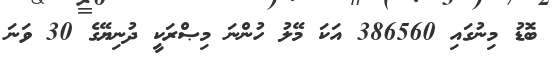
ބޮޑު މިނުގައި 386560 އަކަ މޭލު ހުންނަ މިޞްރަކީ ދުނިޔޭގެ 30 ވަނަ